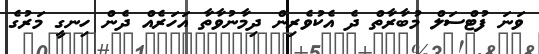
ވަނަ ފުޓްސަލް މުބާރާތް ދެ އެކުވެރިން ދިމާނުވާތާ އަހަރެއް ދެން ހިނގީ މަރުގެ